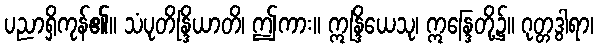
ပညာရှိကုန်၏။ သံပုတိန္ဒြိယာတိ၊ ဤကား။ ဣန္ဒြိယေသု၊ ဣန္ဒြေတို့၌။ ဂုတ္တဒွါရာ၊